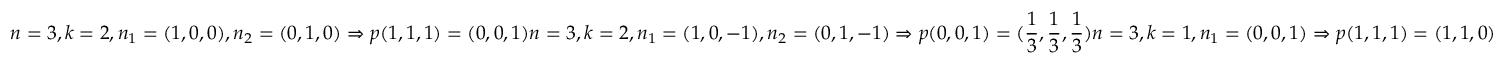
n = 3 , k = 2 , n _ { 1 } = ( 1 , 0 , 0 ) , n _ { 2 } = ( 0 , 1 , 0 ) \Rightarrow p ( 1 , 1 , 1 ) = ( 0 , 0 , 1 ) n = 3 , k = 2 , n _ { 1 } = ( 1 , 0 , - 1 ) , n _ { 2 } = ( 0 , 1 , - 1 ) \Rightarrow p ( 0 , 0 , 1 ) = ( { \frac { 1 } { 3 } } , { \frac { 1 } { 3 } } , { \frac { 1 } { 3 } } ) n = 3 , k = 1 , n _ { 1 } = ( 0 , 0 , 1 ) \Rightarrow p ( 1 , 1 , 1 ) = ( 1 , 1 , 0 )